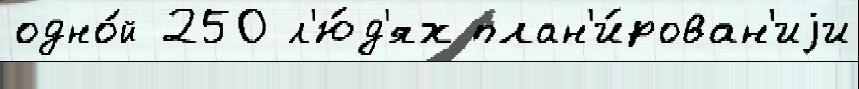
одно́й 250 л'ю́д'ях план'и́рован'иjи